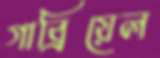
গাব্রিয়েল